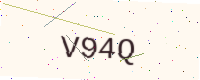
Text: V94Q